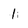
Character: 1